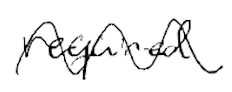
Text: required
Cross-out: mix
Writing tool: digital_black